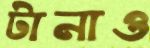
টানাও